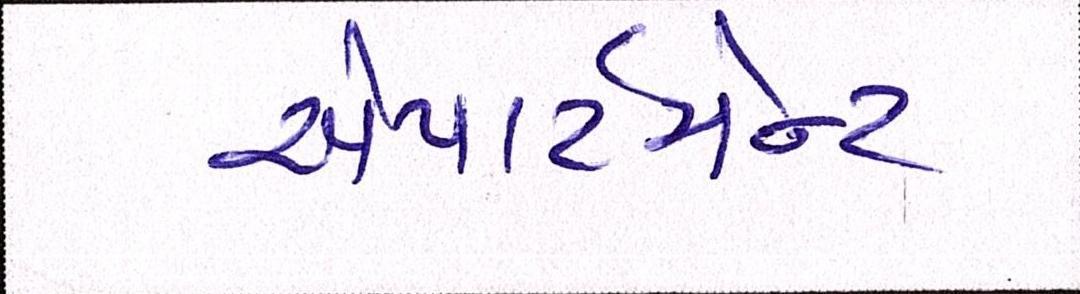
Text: એપાર્ટમેન્ટ